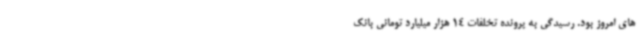
های امروز بود. رسیدگی به پرونده تخلفات 14 هزار میلیارد تومانی بانک